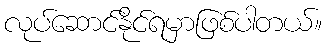
လုပ်ဆောင်နိုင်ရမှာဖြစ်ပါတယ်။